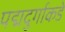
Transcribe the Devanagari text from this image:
पद्मदुर्गाकडे